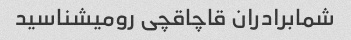
شمابرادران قاچاقچی رومیشناسید